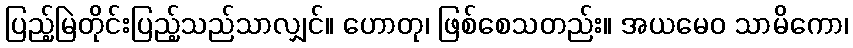
ပြည့်မြဲတိုင်းပြည့်သည်သာလျှင်။ ဟောတု၊ ဖြစ်စေသတည်း။ အယမေဝ သာမိကော၊